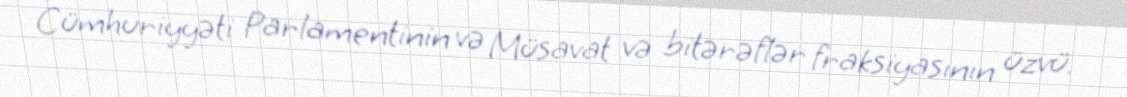
Cümhuriyyəti Parlamentinin və Müsavat və bitərəflər fraksiyasının üzvü.